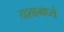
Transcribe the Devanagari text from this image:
यशामध्ये